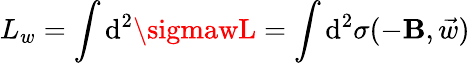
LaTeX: L_{w}=\int\mathrm{d}^{2}\sigmawL=\int\mathrm{d}^{2}\sigma(-{\mathbf{{B}}},\vec{{w}})